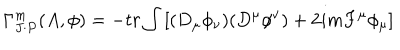
\Gamma _ { J \cdot P } ^ { m } ( A , \phi ) = - t r \int \left[ ( D _ { \mu } \phi _ { \nu } ) ( D ^ { \mu } \phi ^ { \nu } ) + 2 i m F ^ { \mu } \phi _ { \mu } \right]